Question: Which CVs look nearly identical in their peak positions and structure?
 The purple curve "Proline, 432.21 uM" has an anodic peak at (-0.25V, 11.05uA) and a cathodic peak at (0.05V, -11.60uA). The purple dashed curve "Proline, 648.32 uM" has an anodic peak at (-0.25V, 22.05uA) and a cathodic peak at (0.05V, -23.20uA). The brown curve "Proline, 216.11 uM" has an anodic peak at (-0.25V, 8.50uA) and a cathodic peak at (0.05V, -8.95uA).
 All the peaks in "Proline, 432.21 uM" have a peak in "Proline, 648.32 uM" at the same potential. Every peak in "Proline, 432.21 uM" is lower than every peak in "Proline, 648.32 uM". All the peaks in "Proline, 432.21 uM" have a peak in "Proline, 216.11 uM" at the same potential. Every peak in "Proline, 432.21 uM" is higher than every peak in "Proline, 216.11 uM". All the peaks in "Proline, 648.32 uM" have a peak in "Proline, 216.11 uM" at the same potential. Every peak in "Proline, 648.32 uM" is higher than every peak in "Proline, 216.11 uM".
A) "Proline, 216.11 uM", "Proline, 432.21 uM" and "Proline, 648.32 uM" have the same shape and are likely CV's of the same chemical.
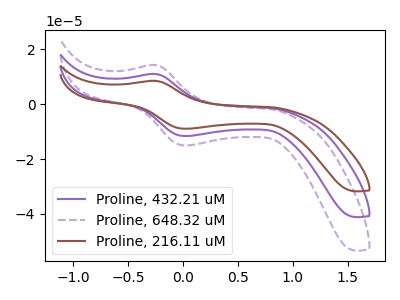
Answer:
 <answer>A) "Proline, 216.11 uM", "Proline, 432.21 uM" and "Proline, 648.32 uM" have the same shape and are likely CV's of the same chemical.</answer>
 <eval>A</eval>